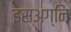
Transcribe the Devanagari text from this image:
इसअग्नि